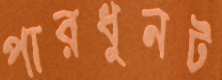
পারধুনট